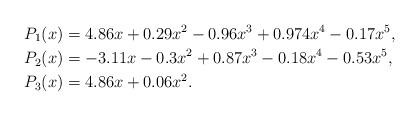
LaTeX: \begin{align*}P_1(x) &= 4.86x + 0.29x^2 - 0.96x^3 + 0.974x^4 - 0.17x^5, \\P_2(x) &= -3.11x - 0.3x^2 + 0.87x^3 - 0.18x^4 - 0.53x^5, \\P_3(x) &= 4.86x + 0.06x^2.\end{align*}